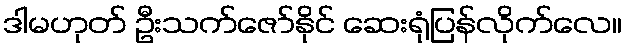
ဒါမဟုတ် ဦးသက်ဇော်နိုင် ဆေးရုံပြန်လိုက်လေ။